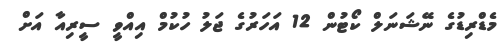
މެޑްރިޑުގެ ނޭޝަނަލް ކޯޓުން 12 އަހަރުގެ ޖަލު ހުކުމް އިއްވީ ސީރިއާ އަށް